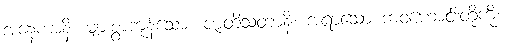
အနေကာနိ၊ များစွာကုန်သော။ ဇာတိသတာနိ၊ အရာသော ဘဝဟောင်းတို့ကို။